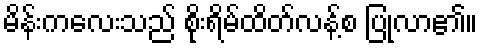
မိန်းကလေးသည် စိုးရိမ်ထိတ်လန့်စ ပြုလာ၏။